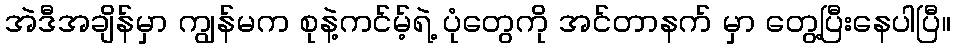
အဲဒီအချိန်မှာ ကျွန်မက စုနဲ့ကင်မ့်ရဲ့ ပုံတွေကို အင်တာနက် မှာ တွေ့ပြီးနေပါပြီ။